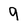
Character: 9